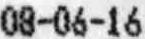
08-06-16